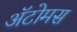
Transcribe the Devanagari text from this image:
अॅटोमस